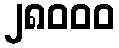
၂၈၀၀၀